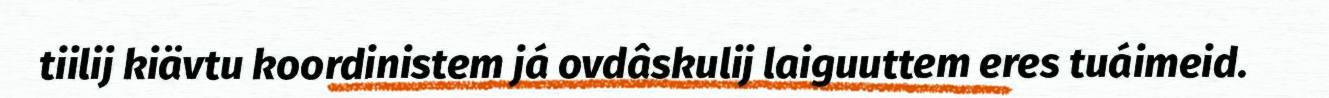
tiilij kiävtu koordinistem já ovdâskulij laiguuttem eres tuáimeid.